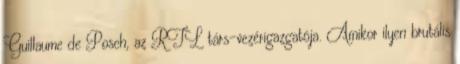
Guillaume de Posch, az RTL társ-vezérigazgatója. Amikor ilyen brutális